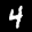
Label: 4